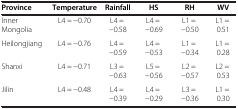
| Province | Temperature | Rainfall | HS | RH | WV |
 | --- | --- | --- | --- | --- | --- |
 | Inner Mongolia | L4 = −0.70 | L4 = −0.58 | L4 = −0.69 | L1 = −0.50 | L1 = 0.51 |
 | Heilongjiang | L4 = −0.76 | L4 = −0.59 | L4 = −0.53 | L1 = −0.34 | L1 = 0.28 |
 | Shanxi | L4 = −0.71 | L3 = −0.63 | L5 = −0.56 | L2 = −0.57 | L2 = 0.53 |
 | Jilin | L4 = −0.48 | L4 = −0.39 | L4 = −0.29 | L3 = −0.36 | L1 = 0.30 |